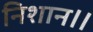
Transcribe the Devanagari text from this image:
निशान।।